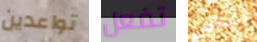
تواعدين تفعل لشخص